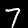
Digit: 7